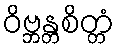
ဝိဗ္ဘန္တစိတ္တံ